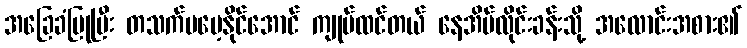
အခြေခံပြုပြီး တသက်မမေ့နိုင်အောင် ကျုပ်ထင်တယ် နေအိမ်လိုင်းခန်းသို့ အလောင်းအစား၏